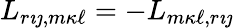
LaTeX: L_{r{\imath\jmath},m{\kappa\ell}}=-L_{m{\kappa\ell},r{\imath\jmath}}